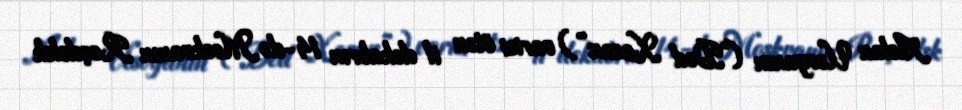
Aslan Usoyanın (“Ded Xasan”) varisi ötən il dekabrın 14-də Moskvanın Roçdelsk